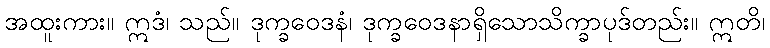
အထူးကား။ ဣဒံ၊ သည်။ ဒုက္ခဝေဒနံ၊ ဒုက္ခဝေဒနာရှိသောသိက္ခာပုဒ်တည်း။ ဣတိ၊